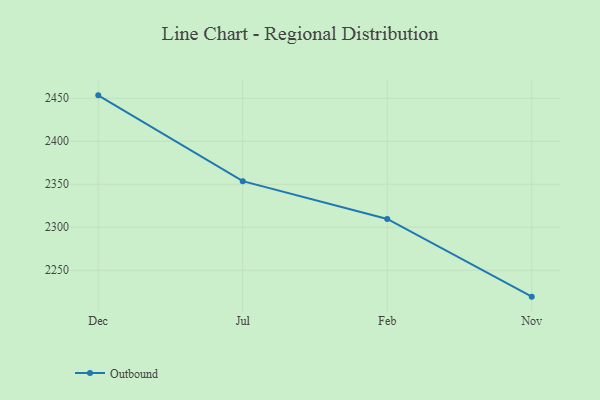
{"axis": {"x": "Month", "y": "Revenue (USD Million)"}, "legend": ["Outbound"], "data": [{"x": "Dec", "y": 2453.4, "type": "Outbound"}, {"x": "Jul", "y": 2353.6, "type": "Outbound"}, {"x": "Feb", "y": 2309.7, "type": "Outbound"}, {"x": "Nov", "y": 2219.3, "type": "Outbound"}]}